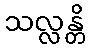
သလ္လန္တိ